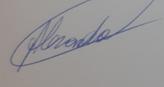
Signature authenticity: genuine